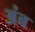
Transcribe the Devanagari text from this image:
अंब